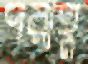
পরাহ্ণ